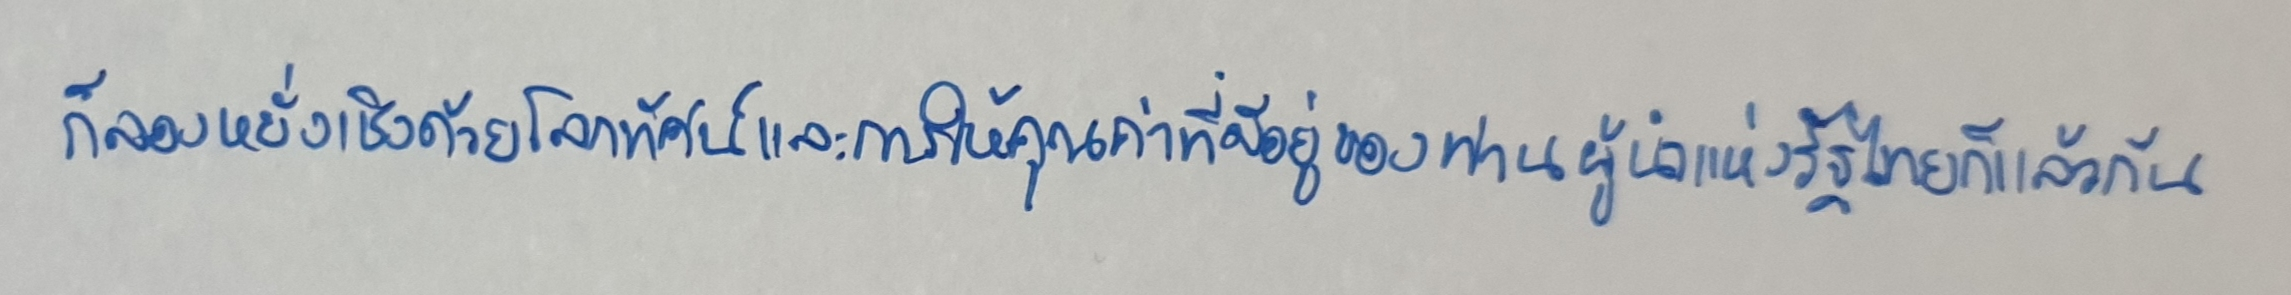
ก็ลองหยั่งเชิงด้วยโลกทัศน์และการให้คุณค่าที่มีอยู่ของท่านผู้นำแห่งรัฐไทยก็แล้วกัน